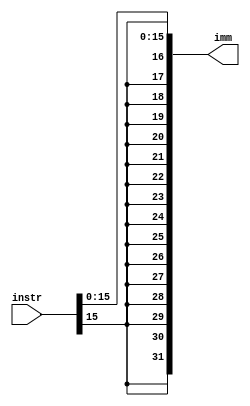
module Extend(
	input [31:0] instr,
	output [31:0] imm
);

// Fazendo extenso de sinal
assign imm = { {16{instr[15]}}, instr[15:0] };

endmodule